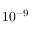
1 0 ^ { - 9 }